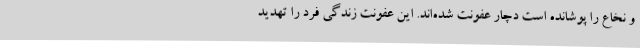
و نخاع را پوشانده است دچار عفونت شده‌اند. این عفونت زندگی فرد را تهدید